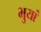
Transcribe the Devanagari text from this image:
भुयां